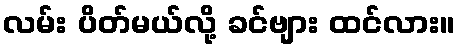
လမ်း ပိတ်မယ်လို့ ခင်ဗျား ထင်လား။